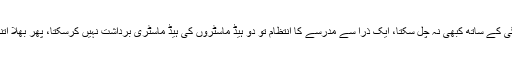
اگر دس بیس نہیں دو خدا بھی اس کائنات کے مالک ہوتے تو یہ انتظام اس باقاعدگی کے ساتھ کبھی نہ چل سکتا، ایک ذرا سے مدرسے کا انتظام تو دو ہیڈ ماسٹروں کی ہیڈ ماسٹری برداشت نہیں کرسکتا، پھر بھلا اتنی بڑی زمین و آسمان کی سلطنت دو خدائوں کی خدائی میں کیسے چل سکتی تھی؟